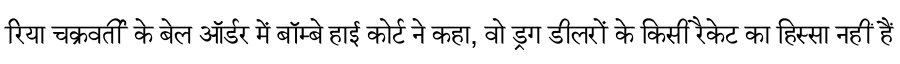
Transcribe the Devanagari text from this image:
रिया चक्रवर्ती के बेल ऑर्डर में बॉम्बे हाई कोर्ट ने कहा, वो ड्रग डीलरों के किसी रैकेट का हिस्सा नहीं हैं